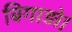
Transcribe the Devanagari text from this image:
बिगाड़ो।